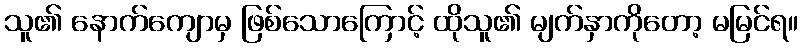
သူ၏ နောက်ကျောမှ ဖြစ်သောကြောင့် ထိုသူ၏ မျက်နှာကိုတော့ မမြင်ရ။